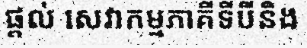
ផ្តល់ សេវាកម្មភាគីទីបីនិង